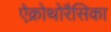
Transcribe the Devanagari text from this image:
ऐक्रोथोरैसिका